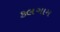
કલગામ